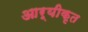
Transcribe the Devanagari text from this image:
आर्यीकृत